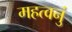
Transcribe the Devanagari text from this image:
महत्वनुं